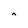
Character: A